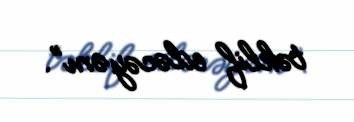
təklif edəcəyəm”.